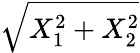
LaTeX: \sqrt{X_{1}^{2}+X_{2}^{2}}